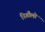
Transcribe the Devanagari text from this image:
रिगौलो